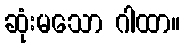
ဆုံးမသော ဂါထာ။